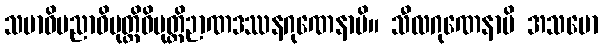
သမာဓိပညာဝိမုတ္တိဝိမုတ္တိဉာဏဒဿနဂုဏေနာပိ။ သီလဂုဏေနာပိ အသမော